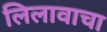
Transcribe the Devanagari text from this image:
लिलावाचा